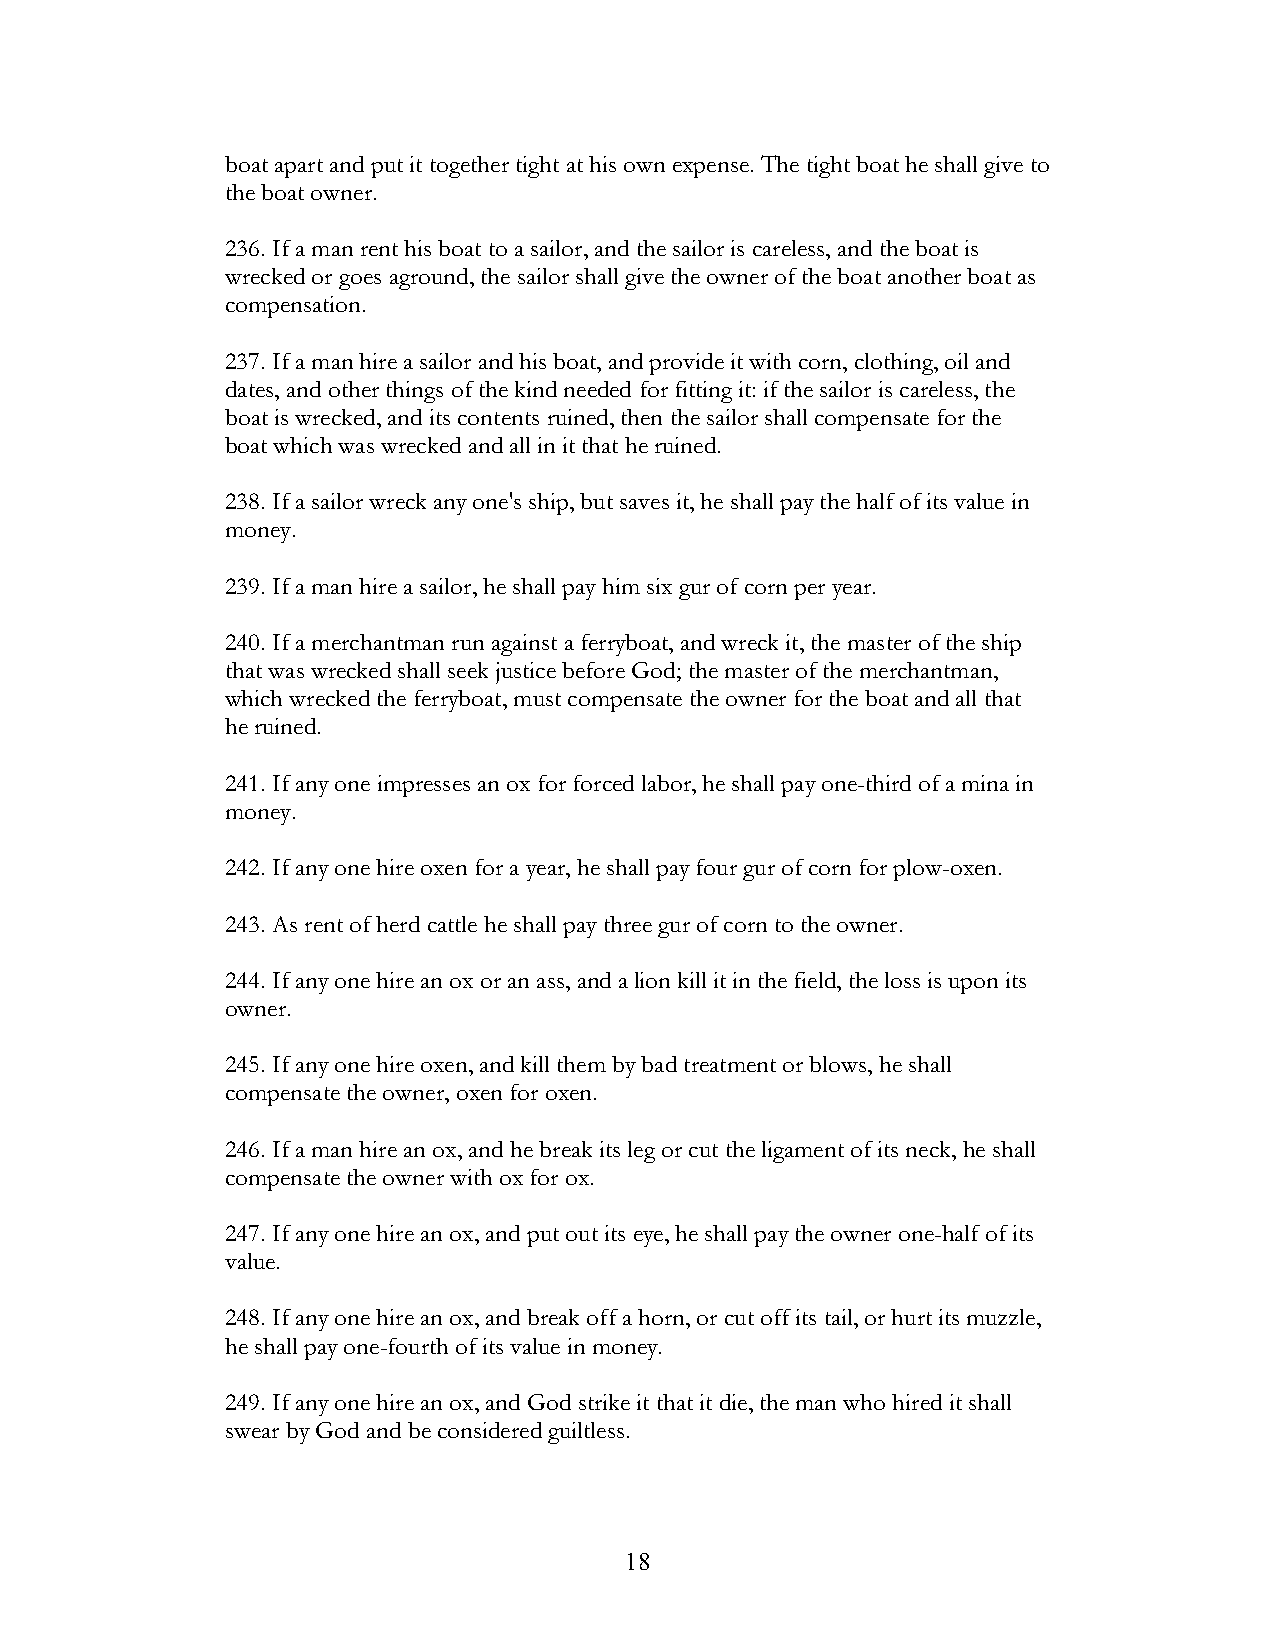
boat apart and put it together tight at his own expense. The tight boat he shall give to
 the boat owner.
 236. If a man rent his boat to a sailor, and the sailor is careless, and the boat is
 wrecked or goes aground, the sailor shall give the owner of the boat another boat as
 compensation.
 237. If a man hire a sailor and his boat, and provide it with corn, clothing, oil and
 dates, and other things of the kind needed for fitting it: if the sailor is careless, the
 boat is wrecked, and its contents ruined, then the sailor shall compensate for the
 boat which was wrecked and all in it that he ruined.
 238. If a sailor wreck any one's ship, but saves it, he shall pay the half of its value in
 money.
 239. If a man hire a sailor, he shall pay him six gur of corn per year.
 240. If a merchantman run against a ferryboat, and wreck it, the master of the ship
 that was wrecked shall seek justice before God; the master of the merchantman,
 which wrecked the ferryboat, must compensate the owner for the boat and all that
 he ruined.
 241. If any one impresses an ox for forced labor, he shall pay one-third of a mina in
 money.
 242. If any one hire oxen for a year, he shall pay four gur of corn for plow-oxen.
 243. As rent of herd cattle he shall pay three gur of corn to the owner.
 244. If any one hire an ox or an ass, and a lion kill it in the field, the loss is upon its
 owner.
 245. If any one hire oxen, and kill them by bad treatment or blows, he shall
 compensate the owner, oxen for oxen.
 246. If a man hire an ox, and he break its leg or cut the ligament of its neck, he shall
 compensate the owner with ox for ox.
 247. If any one hire an ox, and put out its eye, he shall pay the owner one-half of its
 value.
 248. If any one hire an ox, and break off a horn, or cut off its tail, or hurt its muzzle,
 he shall pay one-fourth of its value in money.
 249. If any one hire an ox, and God strike it that it die, the man who hired it shall
 swear by God and be considered guiltless.
 !                         18